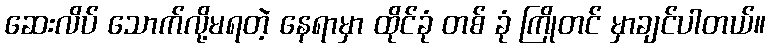
ဆေးလိပ် သောက်လို့မရတဲ့ နေရာမှာ ထိုင်ခုံ တစ် ခုံ ကြိုတင် မှာချင်ပါတယ်။